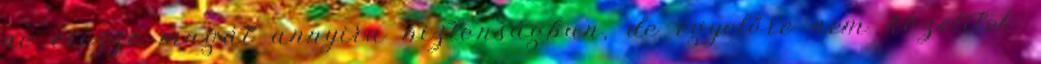
ne érezze magát annyira biztonságban, de egyelőre nem közelítek